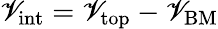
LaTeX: \mathscr{V}_{\mathrm{{int}}}=\mathscr{V}_{\mathrm{{top}}}-\mathscr{V}_{\mathrm{{BM}}}